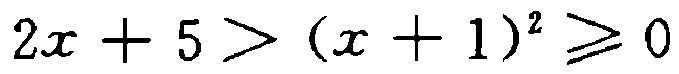
\(2x + 5 > (x + 1)^2 \geqslant 0\)